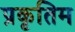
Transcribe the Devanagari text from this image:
प्रकृतिम